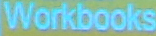
Workbooks